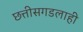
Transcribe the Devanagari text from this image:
छत्तीसगडलाही